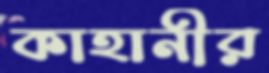
কাহানীর